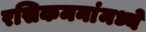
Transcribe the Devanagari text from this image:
रसिकमनांमध्ये